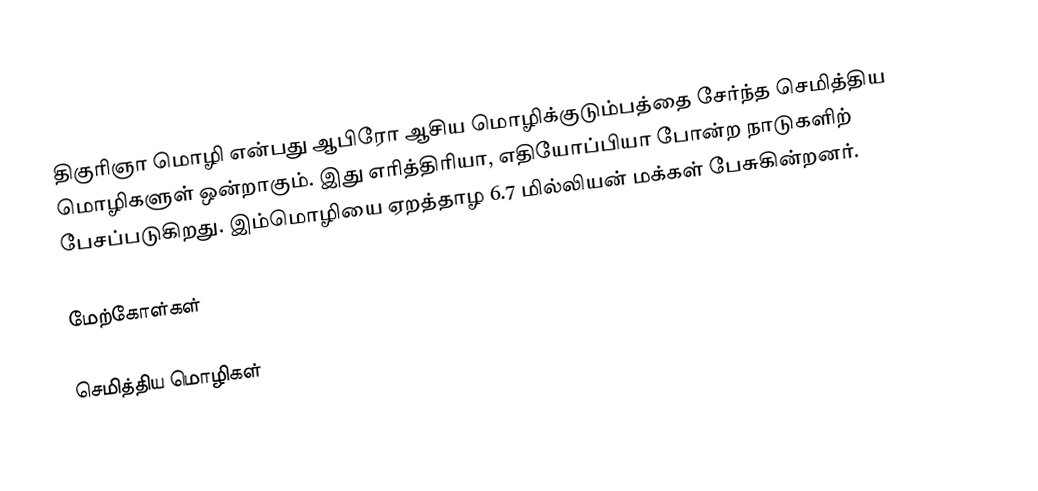
திகுரிஞா மொழி என்பது ஆபிரோ ஆசிய மொழிக்குடும்பத்தை சேர்ந்த செமித்திய மொழிகளுள் ஒன்றாகும். இது எரித்திரியா, எதியோப்பியா போன்ற நாடுகளிற் பேசப்படுகிறது. இம்மொழியை ஏறத்தாழ 6.7 மில்லியன் மக்கள் பேசுகின்றனர்.

மேற்கோள்கள்

செமித்திய மொழிகள்